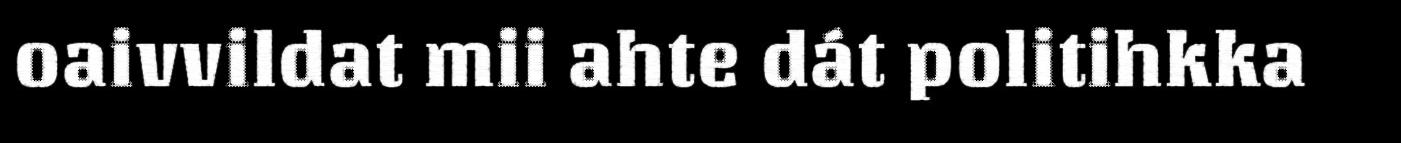
oaivvildat mii ahte dát politihkka